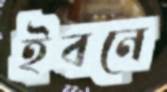
ইবনে